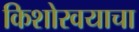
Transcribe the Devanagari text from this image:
किशोरवयाचा